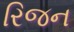
રિજન